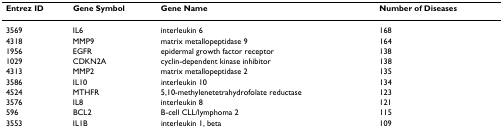
<table><thead><tr><td><b>Entrez ID</b></td><td><b>Gene Symbol</b></td><td><b>Gene Name</b></td><td><b>Number of Diseases</b></td></tr></thead><tbody><tr><td>3569</td><td>IL6</td><td>interleukin 6</td><td>168</td></tr><tr><td>4318</td><td>MMP9</td><td>matrix metallopeptidase 9</td><td>164</td></tr><tr><td>1956</td><td>EGFR</td><td>epidermal growth factor receptor</td><td>138</td></tr><tr><td>1029</td><td>CDKN2A</td><td>cyclin-dependent kinase inhibitor</td><td>138</td></tr><tr><td>4313</td><td>MMP2</td><td>matrix metallopeptidase 2</td><td>135</td></tr><tr><td>3586</td><td>IL10</td><td>interleukin 10</td><td>134</td></tr><tr><td>4524</td><td>MTHFR</td><td>5,10-methylenetetrahydrofolate reductase</td><td>123</td></tr><tr><td>3576</td><td>IL8</td><td>interleukin 8</td><td>121</td></tr><tr><td>596</td><td>BCL2</td><td>B-cell CLL/lymphoma 2</td><td>115</td></tr><tr><td>3553</td><td>IL1B</td><td>interleukin 1, beta</td><td>109</td></tr></tbody></table>